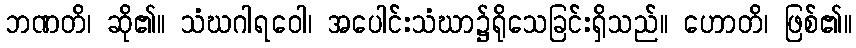
ဘဏတိ၊ ဆို၏။ သံဃဂါရဝေါ၊ အပေါင်းသံဃာ၌ရိုသေခြင်းရှိသည်။ ဟောတိ၊ ဖြစ်၏။